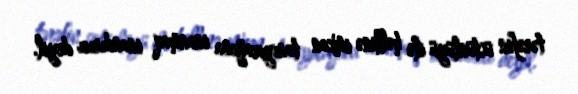
tərəfin üstünlüyü ilə həllinə imkan tanıyacağına inanmaq inandırıcı deyil.